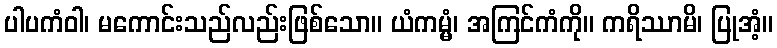
ပါပကံဝါ၊ မကောင်းသည်လည်းဖြစ်သော။ ယံကမ္မံ၊ အကြင်ကံကို။ ကရိဿာမိ၊ ပြုအံ့။